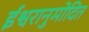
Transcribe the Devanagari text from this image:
ईश्वरानुमोदित